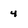
Character: 4